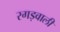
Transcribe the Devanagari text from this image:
रगड़वाली